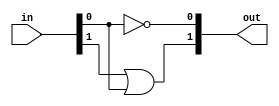
`timescale 1ns / 1ps

module penc_2b(
    output [1:0] out,
    input [2:0] in
    );
    
    assign out[0] = ~in[0];
    assign out[1] = in[1] | in[0];
    
endmodule